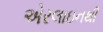
એરલાઇનથી